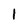
Character: 1